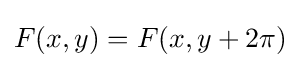
F(x,y)=F(x,y+2\pi )\!